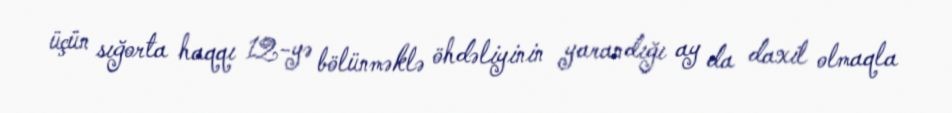
üçün sığorta haqqı 12-yə bölünməklə öhdəliyinin yarandığı ay da daxil olmaqla